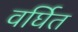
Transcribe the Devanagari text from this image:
वर्घित